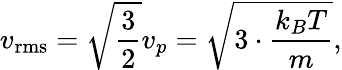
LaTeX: v_{\mathrm{rms}}={\sqrt{\frac{3}{2}}}v_{p}={\sqrt{{3}\cdot{\frac{k_{B}T}{m}}}},